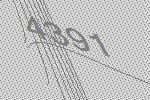
4391